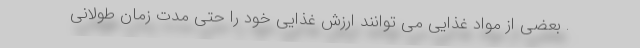
. بعضی از مواد غذایی می توانند ارزش غذایی خود را حتی مدت زمان طولانی